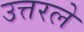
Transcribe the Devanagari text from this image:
उत्तरले